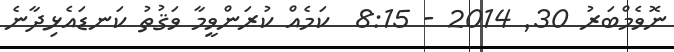
ނޮވެމްބަރު 30